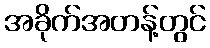
အခိုက်အတန့်တွင်